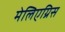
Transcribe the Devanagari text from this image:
मेलिएग्रिस